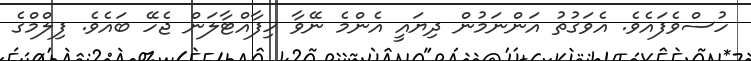
ހުސްވެފައެވެ. އެވަގުތު އަންނަމުން ދިޔައީ އެންމެ ނޭވާ ހިފާއްޓާލަން ޖެހޭ ބައެވެ. ފިލްމްގެ